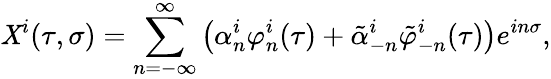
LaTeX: \mathit{X}^{i}(\tau,\sigma)=\sum_{n=-\infty}^{\infty}\left(\alpha_{n}^{i}\varphi_{n}^{i}(\tau)+\tilde{{\alpha}}_{-n}^{i}\tilde{{\varphi}}_{-n}^{i}(\tau)\right)e^{in\sigma},